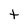
Character: t